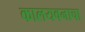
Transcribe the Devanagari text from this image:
कालयवनाचा